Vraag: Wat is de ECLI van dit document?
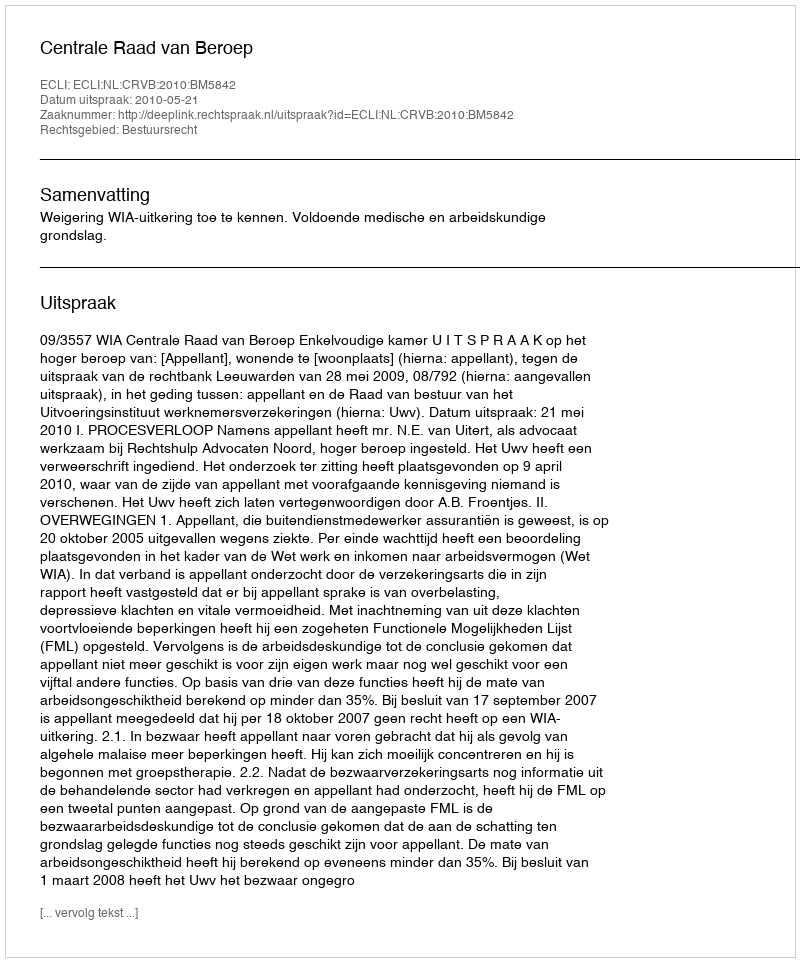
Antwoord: ECLI:NL:CRVB:2010:BM5842